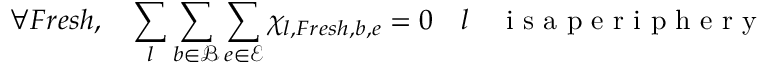
\forall F r e s h , \quad \sum _ { l } \sum _ { b \in \mathcal { B } } \sum _ { e \in \mathcal { E } } \chi _ { l , F r e s h , b , e } = 0 \quad l \quad \mathrm { ~ i ~ s ~ a ~ p ~ e ~ r ~ i ~ p ~ h ~ e ~ r ~ y ~ }